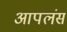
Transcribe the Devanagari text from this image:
आपलंसं